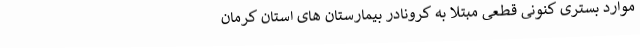
موارد بستری کنونی قطعی مبتلا به کرونادر بیمارستان های استان کرمان